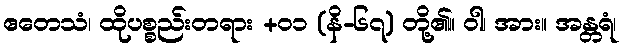
ဧတေသံ၊ ထိုပစ္စည်းတရား +၀၁ (နိ-၆၇) တို့၏။ ဝါ၊ အား။ အန္တရံ၊